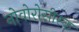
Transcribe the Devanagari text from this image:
नोवोरोसीस्क